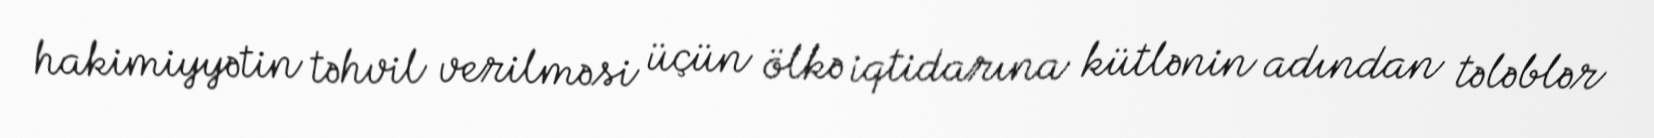
hakimiyyətin təhvil verilməsi üçün ölkə iqtidarına kütlənin adından tələblər